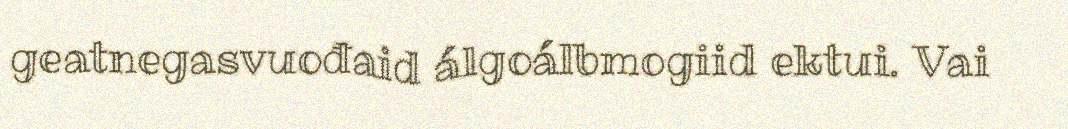
geatnegasvuođaid álgoálbmogiid ektui. Vai